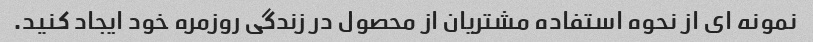
نمونه ای از نحوه استفاده مشتریان از محصول در زندگی روزمره خود ایجاد کنید.